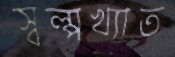
স্বল্পখ্যাত